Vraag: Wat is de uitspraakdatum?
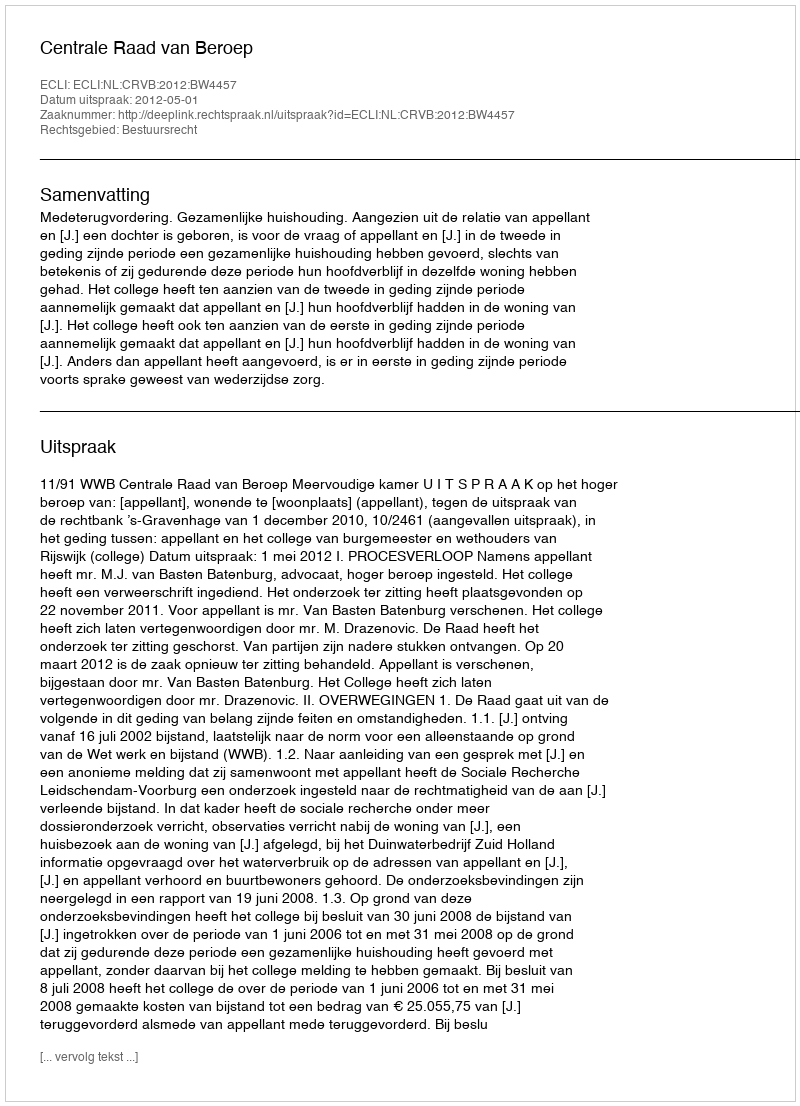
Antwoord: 2012-05-01